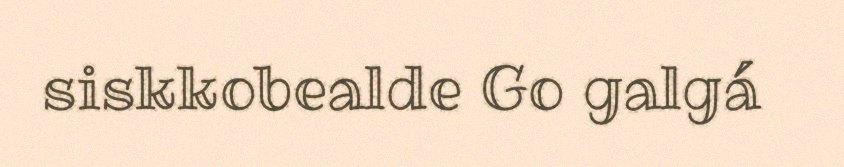
siskkobealde Go galgá